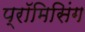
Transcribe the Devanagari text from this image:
प्रॉमिसिंग